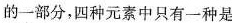
的一部分，四种元素中只有一种是